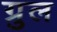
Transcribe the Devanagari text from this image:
ग्रुल